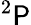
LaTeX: ^2\mathsf{P}